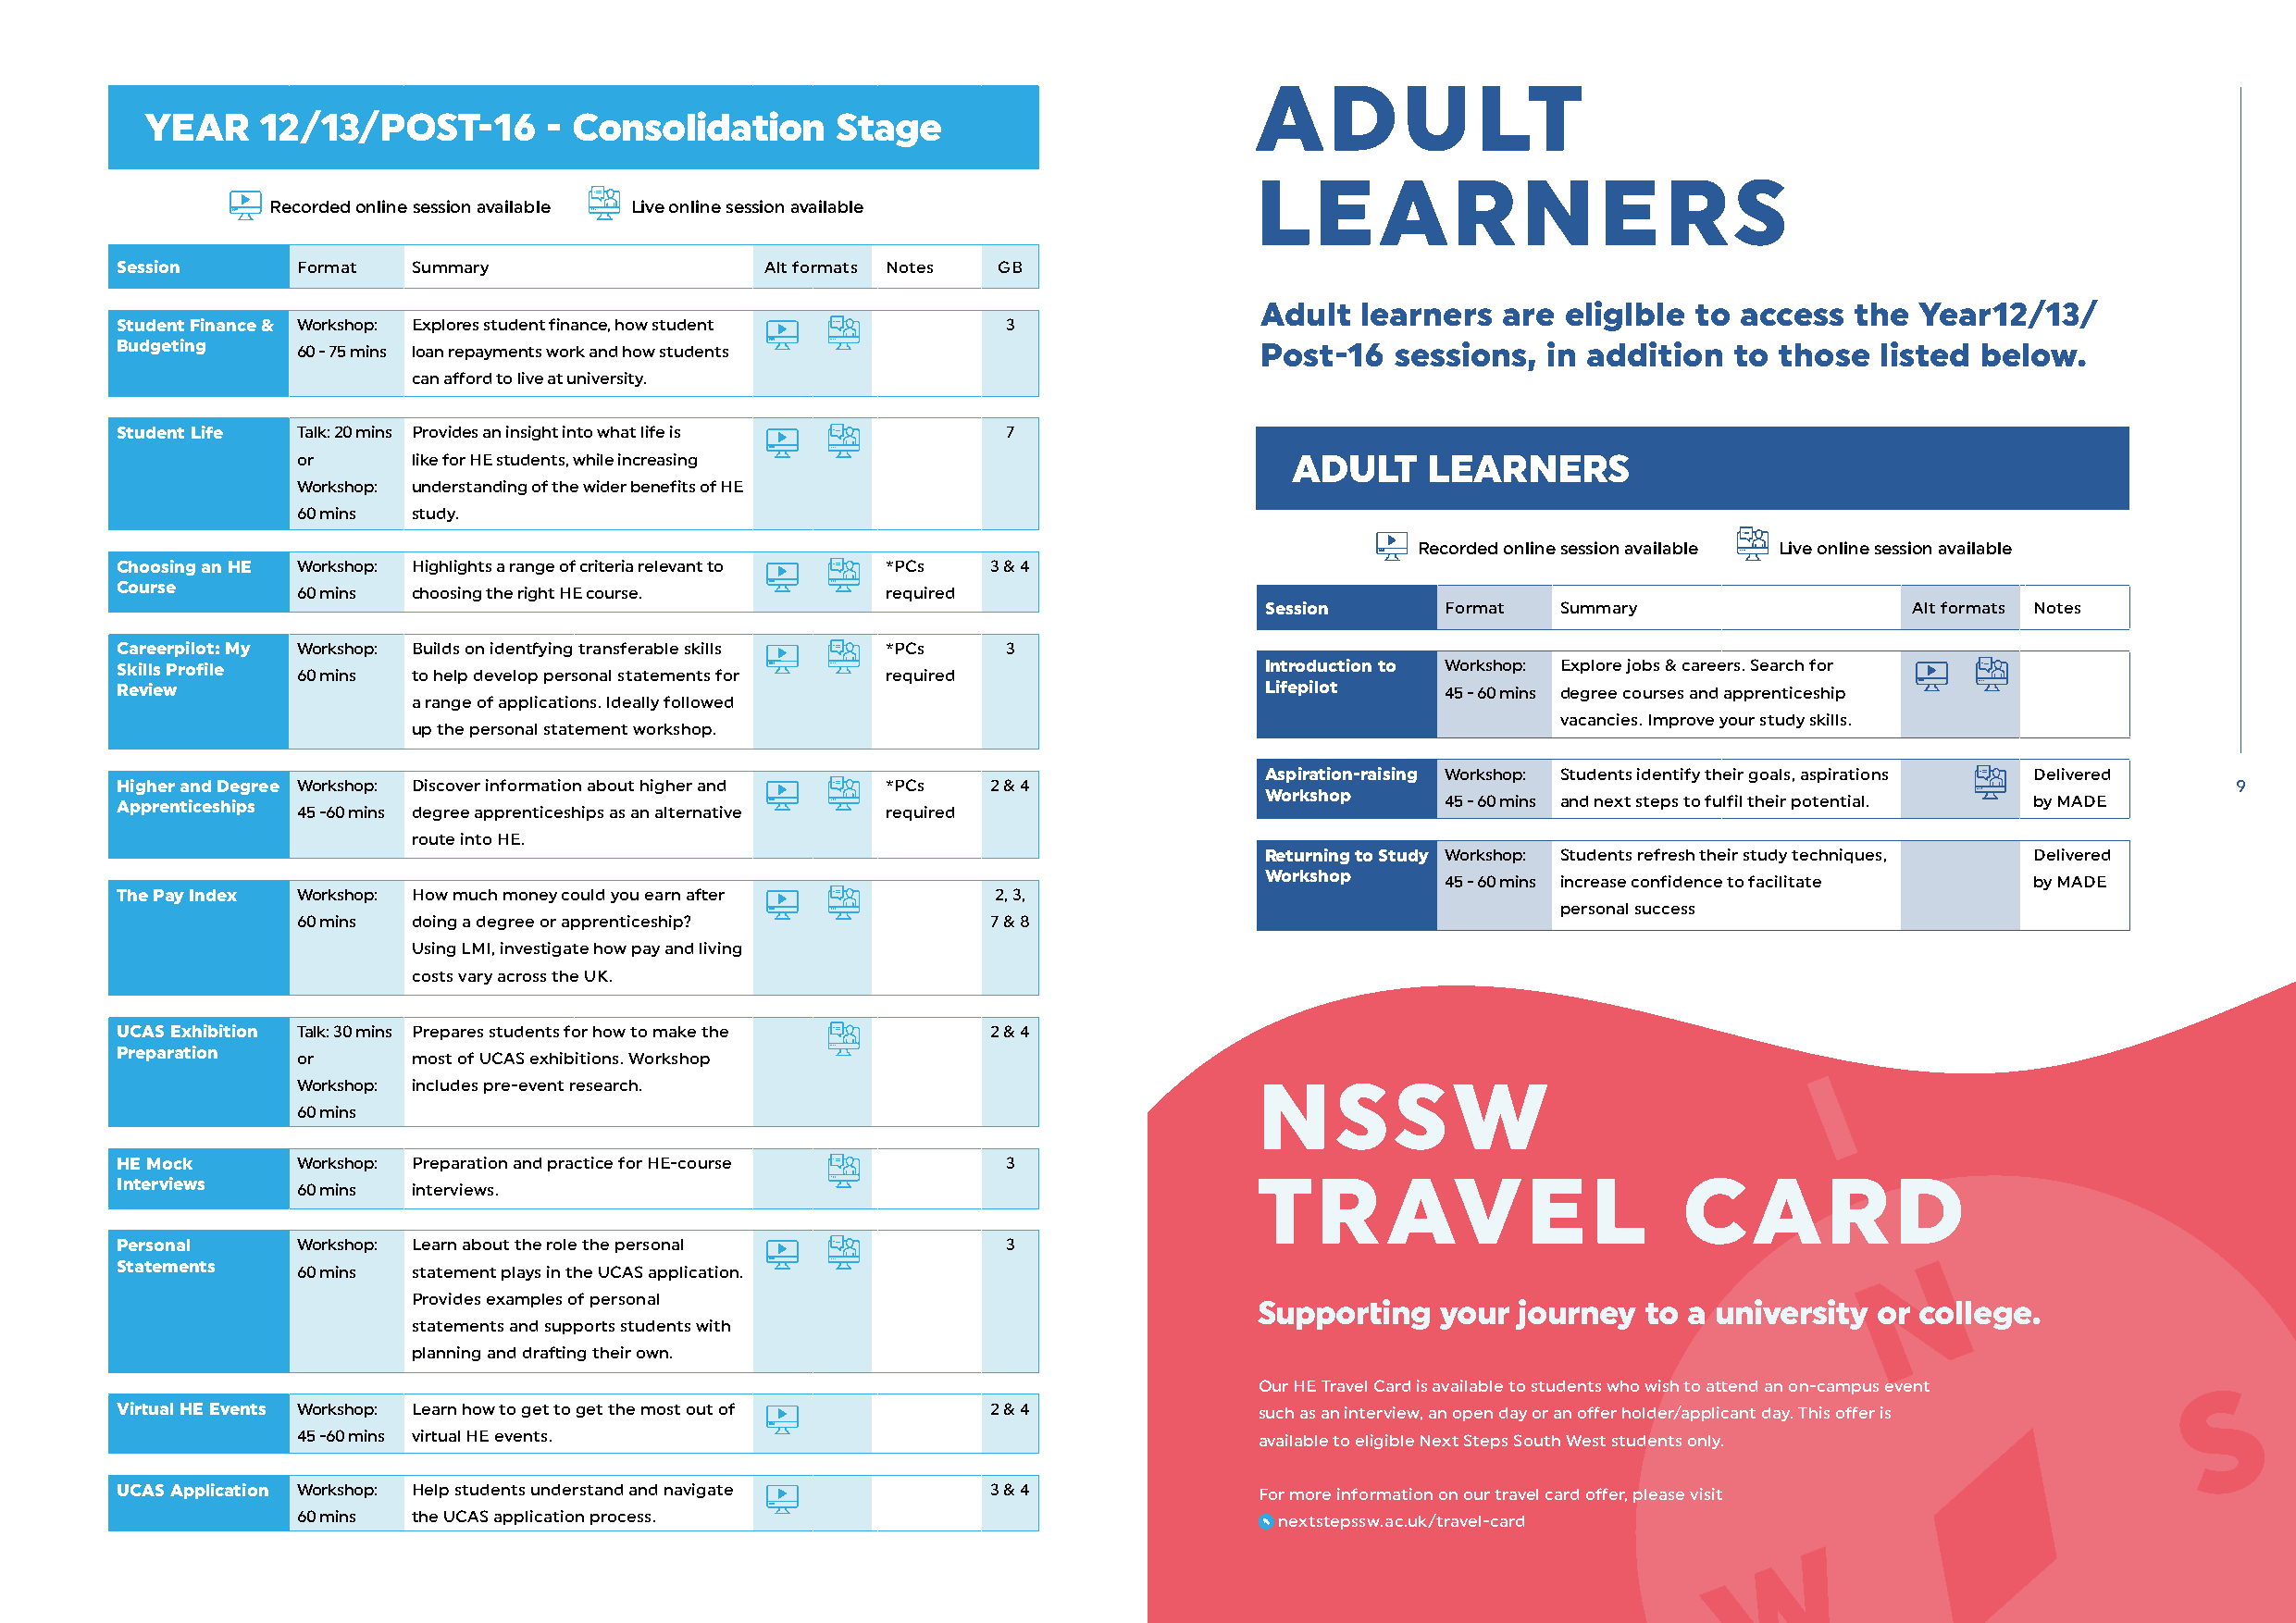
ADULT
 YEAR     12/13/POST-16       - Consolidation      Stage
 LEARNERS
 Recorded online session available Live online session available
 Session      Format  Summary                   Alt formats Notes GB
 Adult  learners  are  eliglble to access   the Year12/13/
 Student Finance & Workshop: Explores student finance, how student 3
 Budgeting    60 - 75 mins loan repayments work and how students                   Post-16   sessions,  in addition  to those  listed  below.
 can afford to live at university.
 Student Life Talk: 20 mins Provides an insight into what life is 7
 or      like for HE students, while increasing                         ADULT     LEARNERS
 Workshop: understanding of the wider benefits of HE
 60 mins study.
 Recorded online session available Live online session available
 Choosing an HE Workshop: Highlights a range of criteria relevant to *PCs 3 & 4
 Course
 60 mins choosing the right HE course.     required
 Session      Format   Summary                  Alt formats Notes
 Careerpilot: My Workshop: Builds on identfying transferable skills *PCs 3
 Skills Profile                                                                    Introduction to Workshop: Explore jobs & careers. Search for
 60 mins to help develop personal statements for required
 Review                                                                            Lifepilot    45 - 60 mins degree courses and apprenticeship
 a range of applications. Ideally followed
 vacancies. Improve your study skills.
 up the personal statement workshop.
 Aspiration-raising Workshop: Students identify their goals, aspirations Delivered
 Higher and Degree Workshop: Discover information about higher and *PCs 2 & 4                                                                            9
 Workshop
 Apprenticeships                                                                                45 - 60 mins and next steps to fulfil their potential. by MADE
 45 -60 mins degree apprenticeships as an alternative required
 route into HE.
 Returning to Study Workshop: Students refresh their study techniques, Delivered
 Workshop
 45 - 60 mins increase confidence to facilitate by MADE
 The Pay Index Workshop: How much money could you earn after    2, 3,
 personal success
 60 mins doing a degree or apprenticeship?         7 & 8
 Using LMI, investigate how pay and living
 costs vary across the UK.
 UCAS Exhibition Talk: 30 mins Prepares students for how to make the 2 & 4
 Preparation
 or      most of UCAS exhibitions. Workshop
 Workshop: includes pre-event research.                               NSSW
 60 mins
 HE Mock      Workshop: Preparation and practice for HE-course   3
 Interviews                                                                        TR       AVEL                 CARD
 60 mins interviews.
 Personal     Workshop: Learn about the role the personal        3
 Statements
 60 mins statement plays in the UCAS application.
 Provides examples of personal
 Supporting   your  journey  to a university or college.
 statements and supports students with
 planning and drafting their own.
 Our HE Travel Card is available to students who wish to attend an on-campus event
 Virtual HE Events Workshop: Learn how to get to get the most out of 2 & 4         such as an interview, an open day or an offer holder/applicant day. This offer is
 45 -60 mins virtual HE events.                                       available to eligible Next Steps South West students only.
 UCAS Application Workshop: Help students understand and navigate 3 & 4            For more information on our travel card offer, please visit
 60 mins the UCAS application process.                                 nextstepssw.ac.uk/travel-card